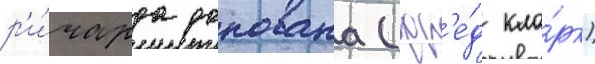
р'и́чарда донована (фр'е́д кла́рк)